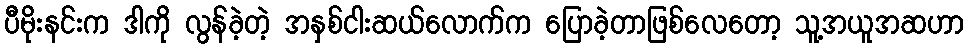
ပီမိုးနင်းက ဒါကို လွန်ခဲ့တဲ့ အနှစ်ငါးဆယ်လောက်က ပြောခဲ့တာဖြစ်လေတော့ သူ့အယူအဆဟာ